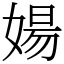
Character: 婸